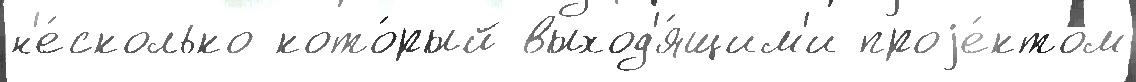
н'е́сколько кото́рый выход'я́щим'и проjе́ктом